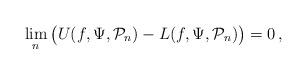
LaTeX: \begin{align*}\lim_{n} \big( U(f,\Psi, \mathcal { P}_n) - L(f,\Psi, \mathcal {P}_n) \big) = 0\,,\end{align*}